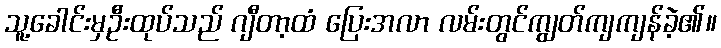
သူ့ခေါင်းမှဦးထုပ်သည် ဂျီတာ့ထံ ပြေးအလာ လမ်းတွင်ကျွတ်ကျကျန်ခဲ့၏။